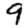
Digit: 9